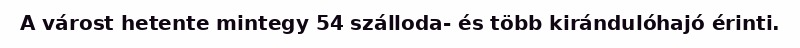
A várost hetente mintegy 54 szálloda- és több kirándulóhajó érinti.